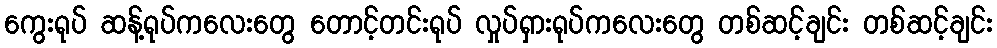
ကွေးရုပ် ဆန့်ရုပ်ကလေးတွေ တောင့်တင်းရုပ် လှုပ်ရှားရုပ်ကလေးတွေ တစ်ဆင့်ချင်း တစ်ဆင့်ချင်း